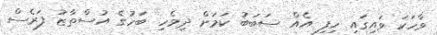
ވާހަކަ ވައިގައި ހިފި އެއް ސަބަބު ކަމަށް ދިވެހި ބަހުގެ އުސްތާޒު ފަރެސް